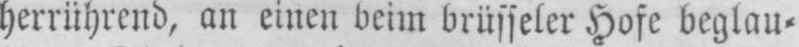
herrührend, an einen beim brüsseler Hofe beglau-